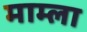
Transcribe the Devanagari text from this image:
माम्ला